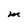
Character: M